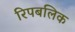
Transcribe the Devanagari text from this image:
रिपबलिक